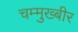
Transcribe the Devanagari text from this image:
चम्मुख्बीर